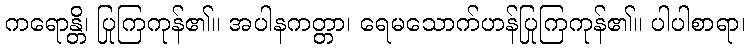
ကရောန္တိ၊ ပြုကြကုန်၏။ အပါနကတ္တာ၊ ရေမသောက်ဟန်ပြုကြကုန်၏။ ပါပါစာရာ၊